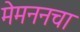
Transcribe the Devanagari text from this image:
मेमननचा